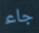
جاء